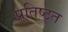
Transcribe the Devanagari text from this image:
प्रतिष्ठ्त